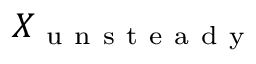
X _ { \mathrm { ~ u ~ n ~ s ~ t ~ e ~ a ~ d ~ y ~ } }